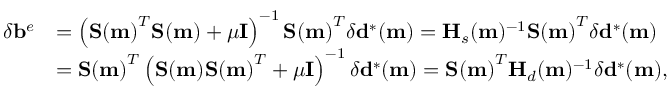
\begin{array} { r l } { \delta \mathbf { b } ^ { e } } & { = \left( \mathbf { S ( m ) } ^ { T } \mathbf { S ( m ) } + \mu \mathbf { I } \right) ^ { - 1 } \mathbf { S ( m ) } ^ { T } \delta \mathbf { d } ^ { * } ( \mathbf { m } ) = \mathbf { H } _ { s } ( \mathbf { m } ) ^ { - 1 } \mathbf { S ( m ) } ^ { T } \delta \mathbf { d } ^ { * } ( \mathbf { m } ) } \\ & { = \mathbf { S ( m ) } ^ { T } \left( \mathbf { S ( m ) } \mathbf { S ( m ) } ^ { T } + \mu \mathbf { I } \right) ^ { - 1 } \delta \mathbf { d } ^ { * } ( \mathbf { m } ) = \mathbf { S ( m ) } ^ { T } \mathbf { H } _ { d } ( \mathbf { m } ) ^ { - 1 } \delta \mathbf { d } ^ { * } ( \mathbf { m } ) , } \end{array}